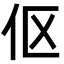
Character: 伛